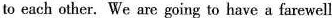
to each other. We are going to have a farewell